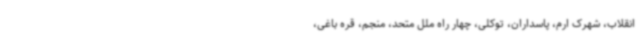
انقلاب، شهرک ارم، پاسداران، توکلی، چهار راه ملل متحد، منجم، قره باغی،